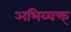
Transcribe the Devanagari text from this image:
अभिव्यक्त्